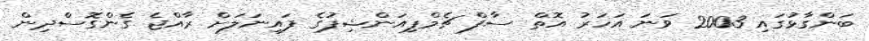
ބަންގާޅުގައި 2003 ވަނަ އަހަރު އޮތް ސާފް ޗެމްޕިއަންޝިޕުގެ ފައިނަލަށް ރާއްޖެ ގެންގޮސްދިން